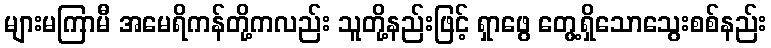
များမကြာမီ အမေရိကန်တို့ကလည်း သူတို့နည်းဖြင့် ရှာဖွေ တွေ့ရှိသောသွေးစစ်နည်း